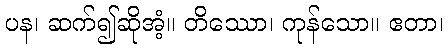
ပန၊ ဆက်၍ဆိုအံ့။ တိဿော၊ ကုန်သော။ ဧတာ၊